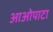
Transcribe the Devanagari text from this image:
आओपाटा